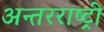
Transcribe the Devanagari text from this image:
अन्तरराष्ट्री